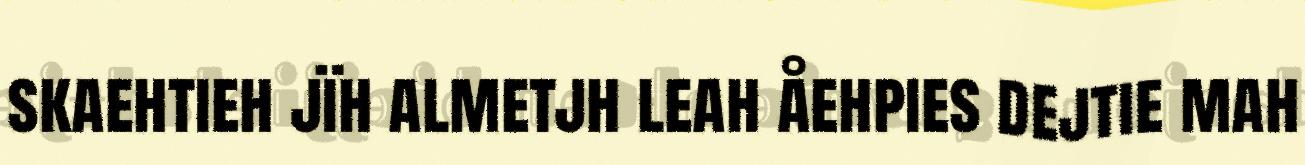
skaehtieh jïh almetjh leah åehpies dejtie mah